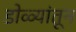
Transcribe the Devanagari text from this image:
डोळ्यांतून